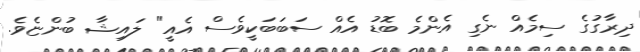
ދިރާގުގެ ސިމެއް ނެގި އެންމެ ބޮޑު އެއް ސަބަބަކީވެސް އެއީ" ލައިޝާ ބުންޏެވެ.